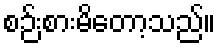
စဉ်းစားမိတော့သည်။